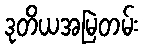
ဒုတိယအမြဲတမ်း